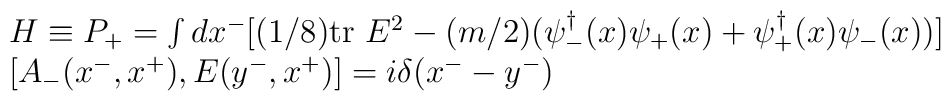
\begin{array}{l}H \equiv P_+ = \int dx^- \big[ (1/8){\rm tr}~E^2  -(m/2)\big(\psi^\dagger_-(x)\psi_+(x) + \psi^\dagger_+(x) \psi_-(x) \big) \big] \\\left[A_-(x^-,x^+), E(y^-, x^+) \right] = i \delta (x^- - y^-)\end{array}